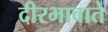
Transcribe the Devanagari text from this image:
दीरभावाते